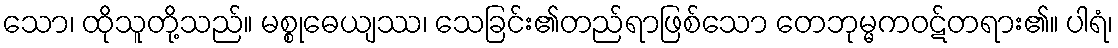
သော၊ ထိုသူတို့သည်။ မစ္စုဓေယျဿ၊ သေခြင်း၏တည်ရာဖြစ်သော တေဘုမ္မကဝဋ်တရား၏။ ပါရံ၊